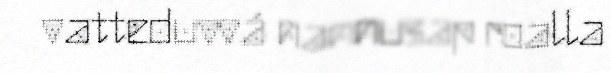
vatteduvvá nannusap roalla